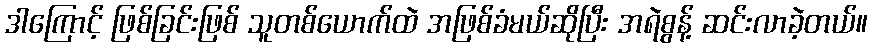
ဒါကြောင့် ဖြစ်ခြင်းဖြစ် သူတစ်ယောက်ထဲ အဖြစ်ခံမယ်ဆိုပြီး အရဲစွန့် ဆင်းလာခဲ့တယ်။